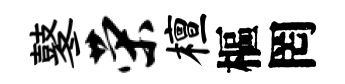
鼕荣檀樞罔